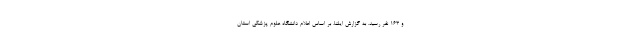
و ۱۶۳ نفر رسید. به گزارش ایلنا، بر اساس اعلام دانشگاه علوم پزشکی استان